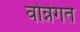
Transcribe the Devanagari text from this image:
वोन्नेगत